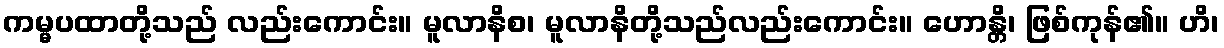
ကမ္မပထာတို့သည် လည်းကောင်း။ မူလာနိစ၊ မူလာနိတို့သည်လည်းကောင်း။ ဟောန္တိ၊ ဖြစ်ကုန်၏။ ဟိ၊